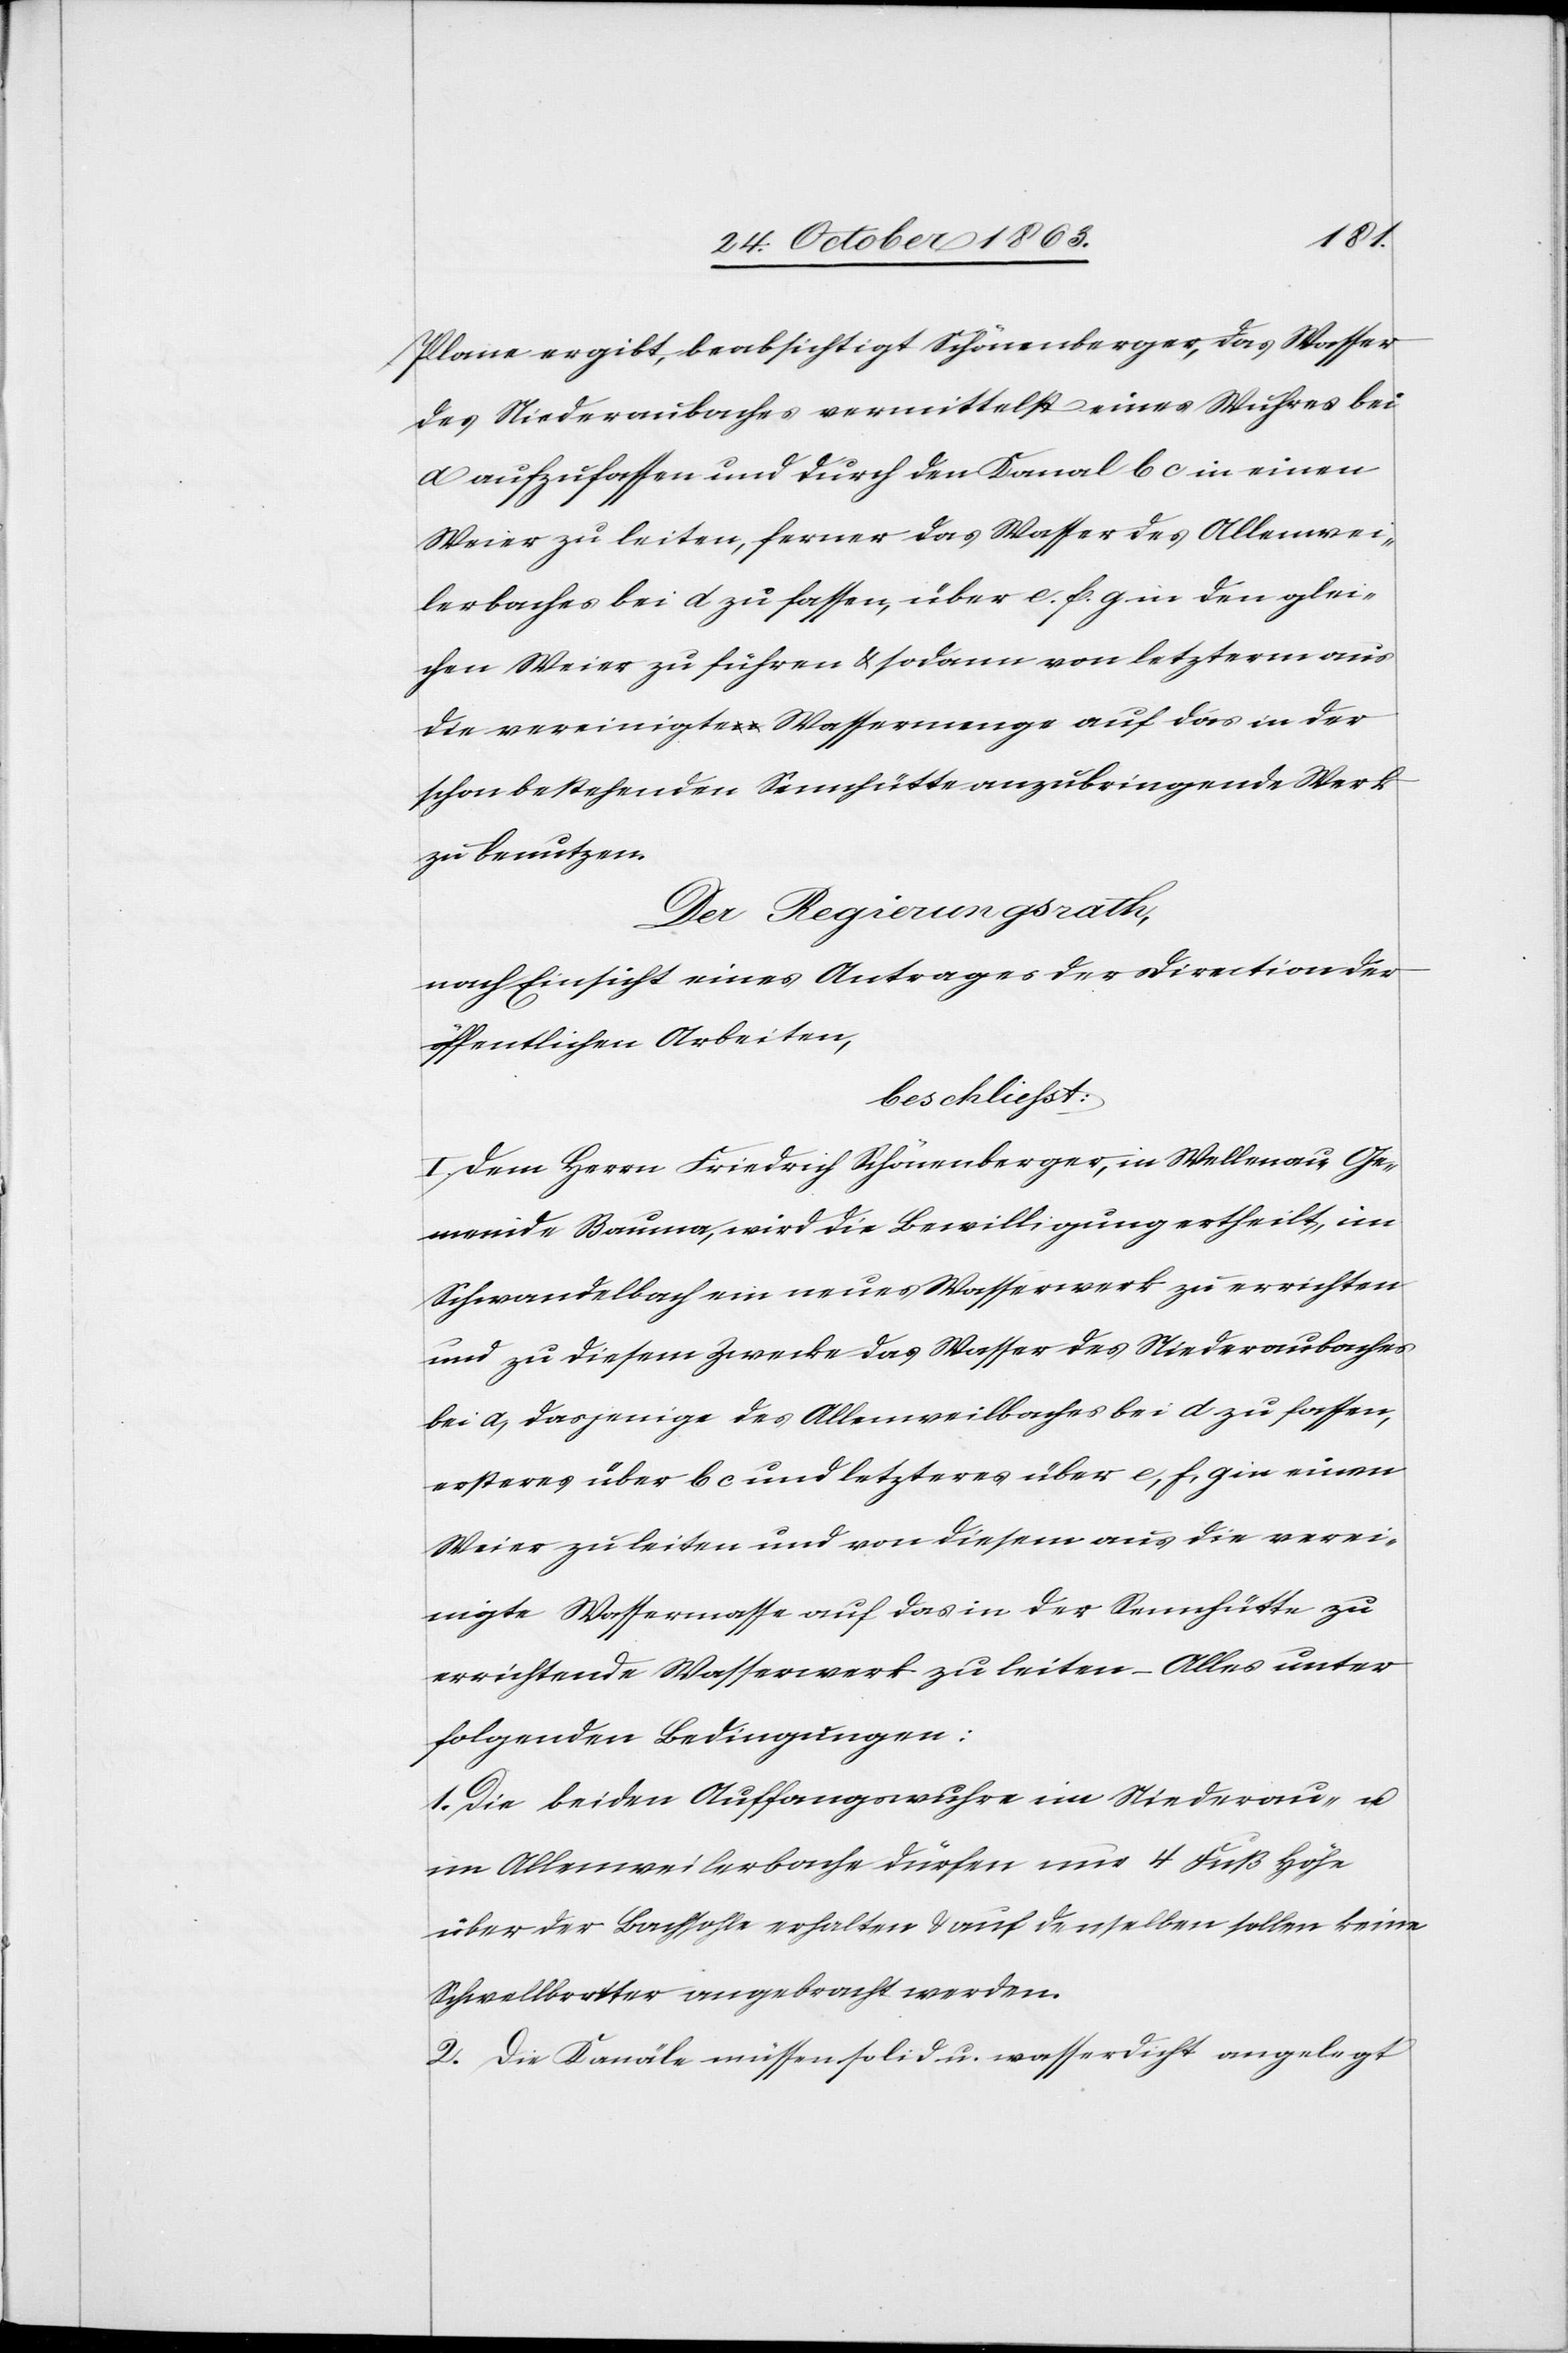
Plane ergibt, beabsichtigt Schönenberger, das Wasser
des Niederaubaches vermittelst eines Wuhres bei
a aufzufassen und durch den Kanal b c in einen
Weier zu leiten, ferner das Wasser des Allenwei¬
lerbaches bei d zu fassen, über e. f. g in den glei¬
chen Weier zu führen & sodann von letzterm aus
die vereinigte Wassermenge auf das in der
schon bestehenden Sennhütte anzubringende Werk
zu benutzen.
Der Regierungsrath,
nach Einsicht eines Antrages der Direction der
öffentlichen Arbeiten,
beschliesst:
I. Dem Herrn Friedrich Schönenberger, in Wellenau, Ge¬
meinde Bauma, wird die Bewilligung ertheilt, im
Schwandelbach ein neues Wasserwerk zu errichten
und zu diesem Zwecke das Wasser des Niederaubaches
bei a, dasjenige des Allenweilbaches [sic!] bei d zu fassen,
ersteres über b c und letzteres über e, f, g in einen
Weier zu leiten und von diesem aus die verei¬
nigte Wassermasse auf das in der Sennhütte zu
errichtende Wasserwerk zu leiten – Alles unter
folgenden Bedingungen:
1. Die beiden Auffangswuhre im Niederau- u.
im Allenweilerbache dürfen nur 4 Fuß Höhe
über der Bachsohle erhalten & auf denselben sollen keine
Schwellbretter angebracht werden.
2. Die Kanäle müssen solid u. wasserdicht angelegt